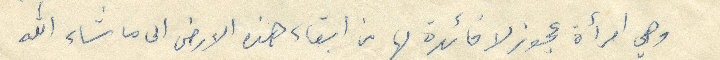
وهي امرأة عجوز لا فائدة لها من إبقاء هذه الأرض الى ما شاء الله